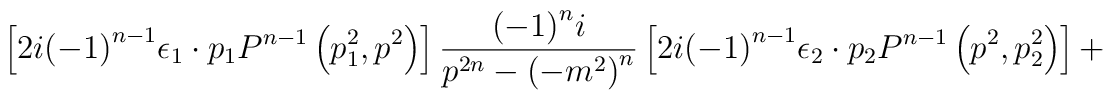
\left[ 2i {\left(-1\right)}^{n-1}{\epsilon}_1 \cdot p_1 P^{n-1} \left( p_1^2,p^2 \right) \right]\frac { {\left(-1\right) }^n i } { p^{2n} - {\left( -m^2 \right)}^n }\left[ 2i {\left(-1\right)}^{n-1} {\epsilon}_2 \cdot p_2 P^{n-1}\left( p^2,p_2^2 \right) \right]+